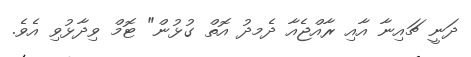
ދަނީ ޗައިނާ އާއި ރާއްޖެއާ ދެމދު އޮތް ގުޅުން" ޓޮމް ވިދާޅުވި އެވެ.